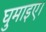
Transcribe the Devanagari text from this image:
घुमाइए।